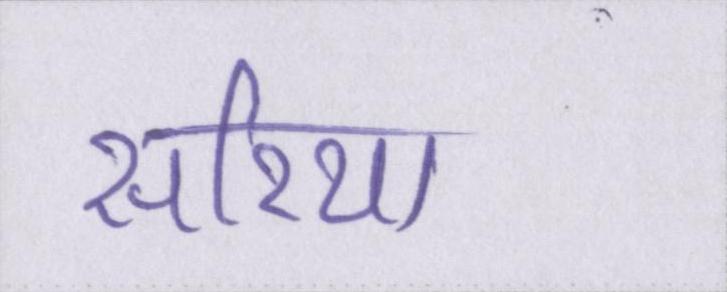
सरिया